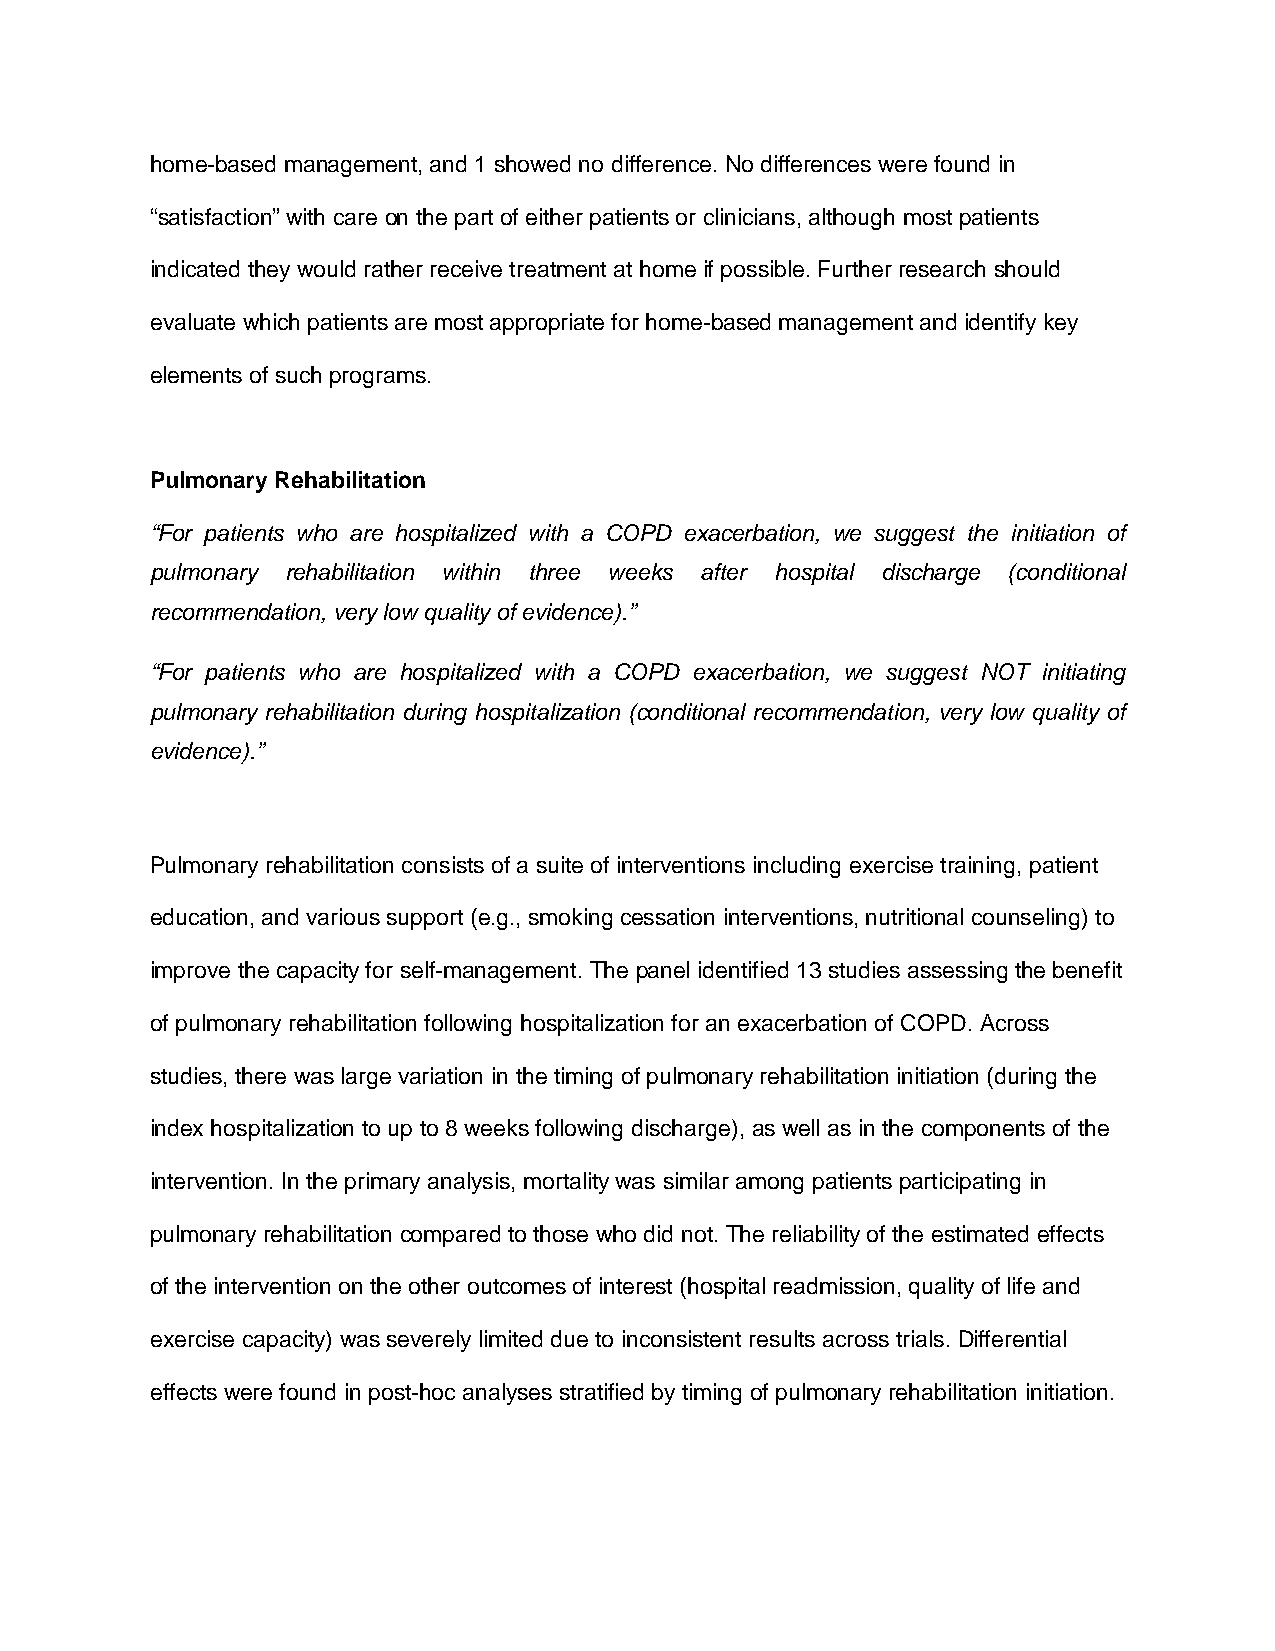
home-based management, and 1 showed no difference. No differences were found in
 “satisfaction” with care on the part of either patients or clinicians, although most patients
 indicated they would rather receive treatment at home if possible. Further research should
 evaluate which patients are most appropriate for home-based management and identify key
 elements of such programs.
 Pulmonary Rehabilitation
 “For patients who are hospitalized with a COPD exacerbation, we suggest the initiation of
 pulmonary rehabilitation within three weeks after hospital discharge (conditional
 recommendation, very low quality of evidence).”
 “For patients who are hospitalized with a COPD exacerbation, we suggest NOT initiating
 pulmonary rehabilitation during hospitalization (conditional recommendation, very low quality of
 evidence).”
 Pulmonary rehabilitation consists of a suite of interventions including exercise training, patient
 education, and various support (e.g., smoking cessation interventions, nutritional counseling) to
 improve the capacity for self-management. The panel identified 13 studies assessing the benefit
 of pulmonary rehabilitation following hospitalization for an exacerbation of COPD. Across
 studies, there was large variation in the timing of pulmonary rehabilitation initiation (during the
 index hospitalization to up to 8 weeks following discharge), as well as in the components of the
 intervention. In the primary analysis, mortality was similar among patients participating in
 pulmonary rehabilitation compared to those who did not. The reliability of the estimated effects
 of the intervention on the other outcomes of interest (hospital readmission, quality of life and
 exercise capacity) was severely limited due to inconsistent results across trials. Differential
 effects were found in post-hoc analyses stratified by timing of pulmonary rehabilitation initiation.